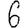
Digit: 6